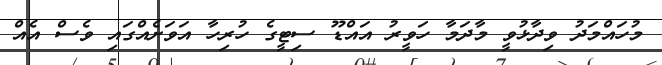
މުހައްމަދު ވިދާޅުވީ މާދަމާ ހަވީރު އައްޑޫ ސިޓީގެ ހުރިހާ އަވަށެއްގައި ވެސް އެއް